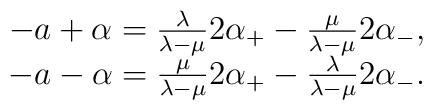
\begin{array}{c}-a+\alpha =\frac \lambda {\lambda -\mu }2\alpha _{+}-\frac \mu {\lambda -\mu}2\alpha _{-}, \\-a-\alpha =\frac \mu {\lambda -\mu }2\alpha _{+}-\frac \lambda {\lambda -\mu}2\alpha _{-}.\end{array}